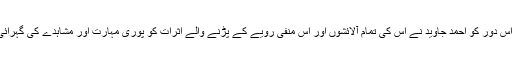
مادیت پرستی کے اس دور کو احمد جاوید نے اس کی تمام آلائشوں اور اس منفی رویے کے پڑنے والے اثرات کو پوری مہارت اور مشاہدے کی گہرائی سے پیش کیا ہے۔